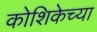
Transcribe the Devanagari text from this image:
कोशिकेच्या